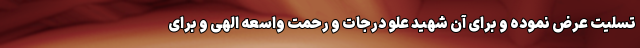
تسلیت عرض نموده و برای آن شهید علو درجات و رحمت واسعه الهی و برای